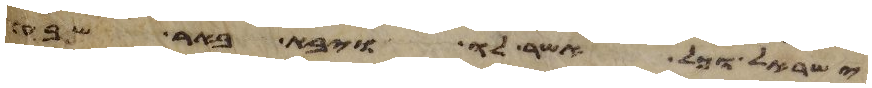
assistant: ישראל וכל אשר לו ויבא באר שבע